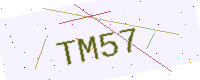
Text: TM57